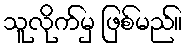
သူလိုက်မှ ဖြစ်မည်။